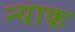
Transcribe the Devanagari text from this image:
न्याक